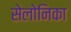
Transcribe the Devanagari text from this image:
सेलोनिका